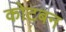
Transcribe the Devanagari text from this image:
कोटबन